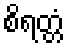
စိရတ္တံ